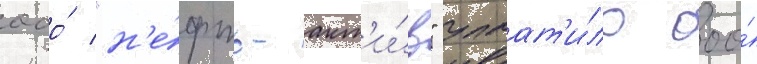
ооо́ "н'е́фть-акт'и́в" уплат'и́ло ооо́